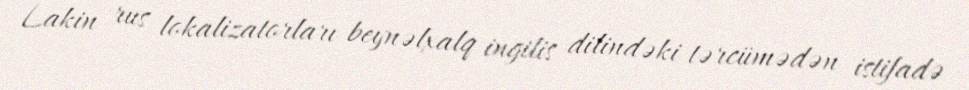
Lakin rus lokalizatorları beynəlxalq ingilis dilindəki tərcümədən istifadə